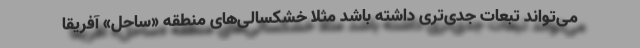
می‌تواند تبعات جدی‌تری داشته باشد مثلا خشکسالی‌های منطقه «ساحل» آفریقا